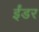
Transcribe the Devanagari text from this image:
ईंडर